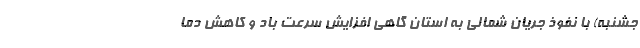
جشنبه) با نفوذ جریان شمالی به استان گاهی افزایش سرعت باد و کاهش دما